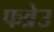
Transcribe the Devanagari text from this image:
फव्रेउ